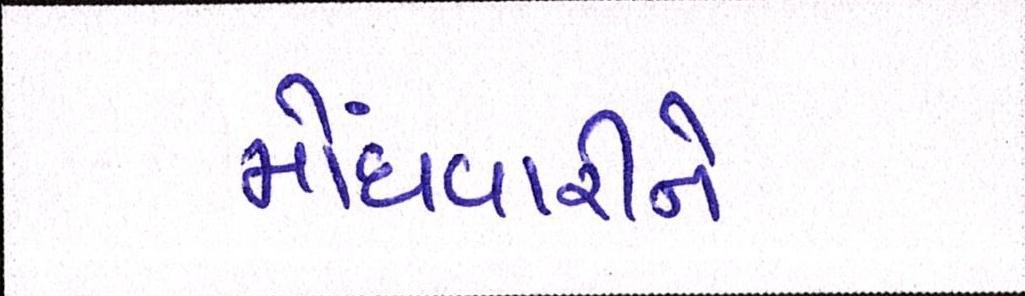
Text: મોંઘવારીને